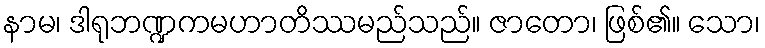
နာမ၊ ဒါရုဘဏ္ဍကမဟာတိဿမည်သည်။ ဇာတော၊ ဖြစ်၏။ သော၊